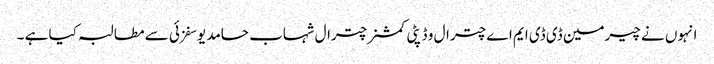
انہوں نے چیرمین ڈی ڈی ایم اے چترال و ڈپٹی کمشنر چترال شہاب حامد یوسفزئی سے مطالبہ کیا ہے ۔